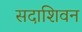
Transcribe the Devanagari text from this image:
सदाशिवन